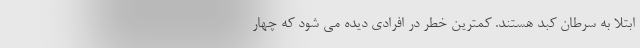
ابتلا به سرطان کبد هستند. کمترین خطر در افرادی دیده می شود که چهار